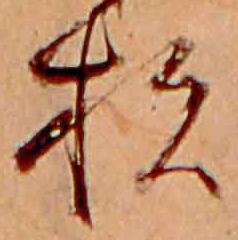
杉